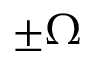
\pm \Omega